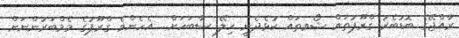
ރާއްޖޭގެ ބޮޑުބެރު ގްރޫޕުތައް ޝޯވތައް ކުޅެދެނީ ހިލޭ ސާބަހަށް... އެހެންވެ ގްރޫޕުގެ މެމްބަރުންނަށް